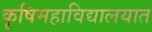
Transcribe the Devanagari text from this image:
कृषिमहाविद्यालयात